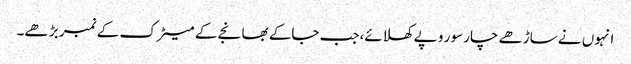
انہوں نے ساڑھے چارسو ر و پے کھلائے،جب جاکے بھانجے کے میٹرک کے نمبر بڑ ھے۔